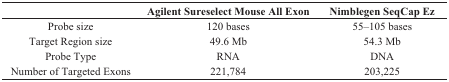
<table><thead><tr><td></td><td><b>Agilent Sureselect Mouse All Exon</b></td><td><b>Nimblegen SeqCap Ez</b></td></tr></thead><tbody><tr><td>Probe size</td><td>120 bases</td><td>55–105 bases</td></tr><tr><td>Target Region size</td><td>49.6 Mb</td><td>54.3 Mb</td></tr><tr><td>Probe Type</td><td>RNA</td><td>DNA</td></tr><tr><td>Number of Targeted Exons</td><td>221,784</td><td>203,225</td></tr></tbody></table>